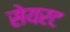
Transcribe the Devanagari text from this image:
सेयरट